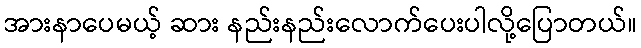
အားနာပေမယ့် ဆား နည်းနည်းလောက်ပေးပါလို့ပြောတယ်။